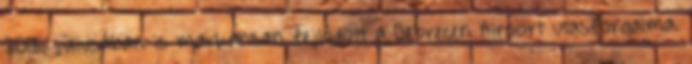
2018. júliusában is markánsan fejlődött a Debrecen Airport utasforgalma.